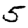
Digit: 5